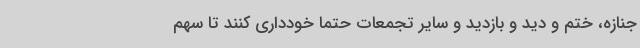
جنازه، ختم و دید و بازدید و سایر تجمعات حتماً خودداری کنند تا سهم